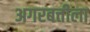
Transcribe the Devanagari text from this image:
अगरबत्तीला